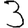
Digit: 3